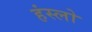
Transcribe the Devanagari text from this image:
हंस्लो